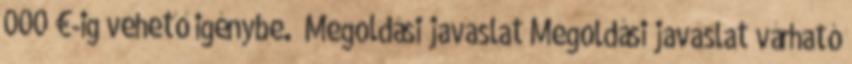
000 €-ig vehető igénybe.” Megoldási javaslat Megoldási javaslat várható